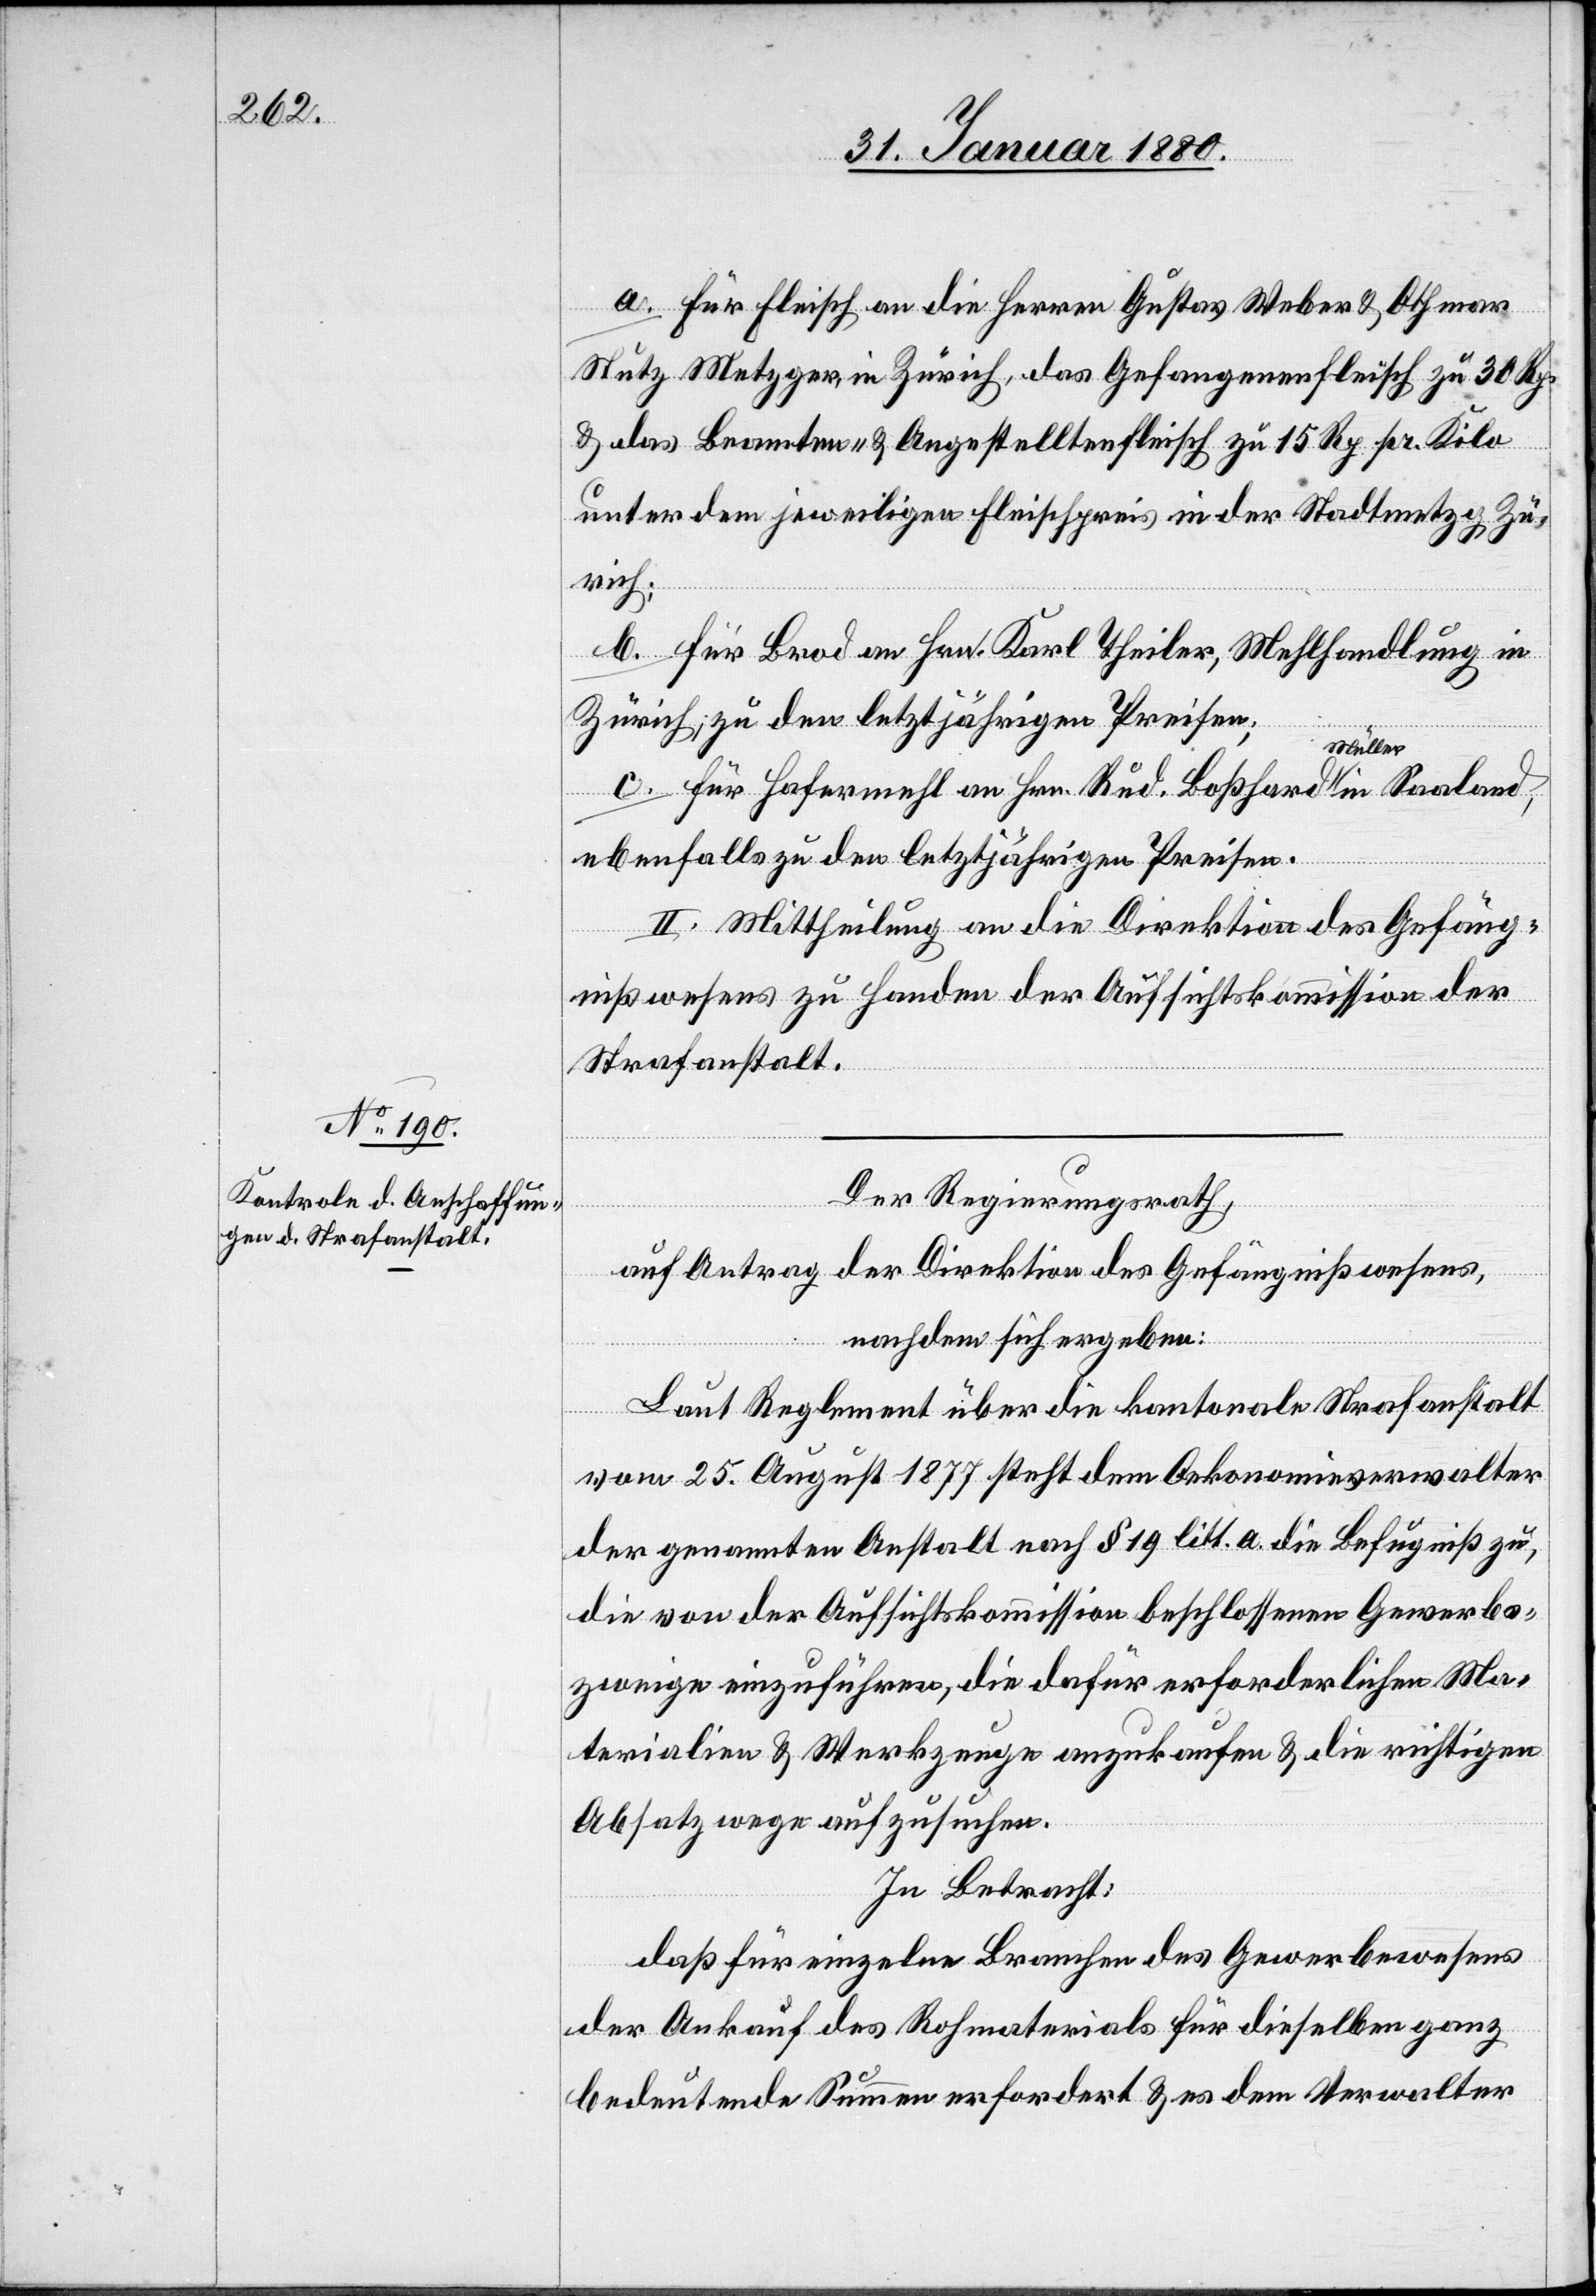
a. für Fleisch an die Herren Gustav Weber & Othmar
Stutz Metzger in Zürich, das Gefangenenfleisch zu 30 Rp.
& das Beamten- & Angestelltenfleisch zu 15 Rp. pr. Kilo
unter dem jeweiligen Fleischpreis in der Stadtmetzg Zü¬
rich;
b. für Brod an Hrn. Karl Theiler, Mehlhandlung in
Zürich, zu den letztjährigen Preisen;
Saal¬
and,
c. für Hafermehl an Hrn. Rud. Boßhard a-Müller-a
ebenfalls zu den letztjährigen Preisen.
II. Mittheilung an die Direktion des Gefäng¬
nißwesens zu Handen der Aufsichtskommission der
Strafanstalt.
in
Der Regierungsrath,
auf Antrag der Direktion des Gefängnißwesens,
nachdem sich ergeben:
Laut Reglement über die kantonale Strafanstalt
vom 25. August 1877 steht dem Oekonomieverwalter
der genannten Anstalt nach § 19 litt. a. die Befugniß zu,
die von der Aufsichtskommission beschlossenen Gewerbs¬
zweige einzuführen, die dafür erforderlichen Ma¬
terialien & Werkzeuge anzukaufen & die richtigen
Absatzwege aufzusuchen.
In Betracht:
daß für einzelne Branchen des Gewerbewesens
der Ankauf des Rohmaterials für dieselben ganz
bedeutende Summen erfordert & es dem Verwalter